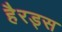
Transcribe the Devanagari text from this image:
हैरड्स